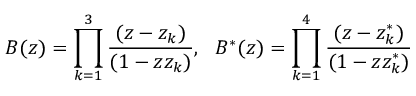
B ( z ) = \prod _ { k = 1 } ^ { 3 } { \frac { ( z - z _ { k } ) } { ( 1 - z z _ { k } ) } } , ~ ~ B ^ { * } ( z ) = \prod _ { k = 1 } ^ { 4 } { \frac { ( z - z _ { k } ^ { * } ) } { ( 1 - z z _ { k } ^ { * } ) } }